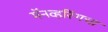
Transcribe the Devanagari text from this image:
मॅनव्हरिंगचा